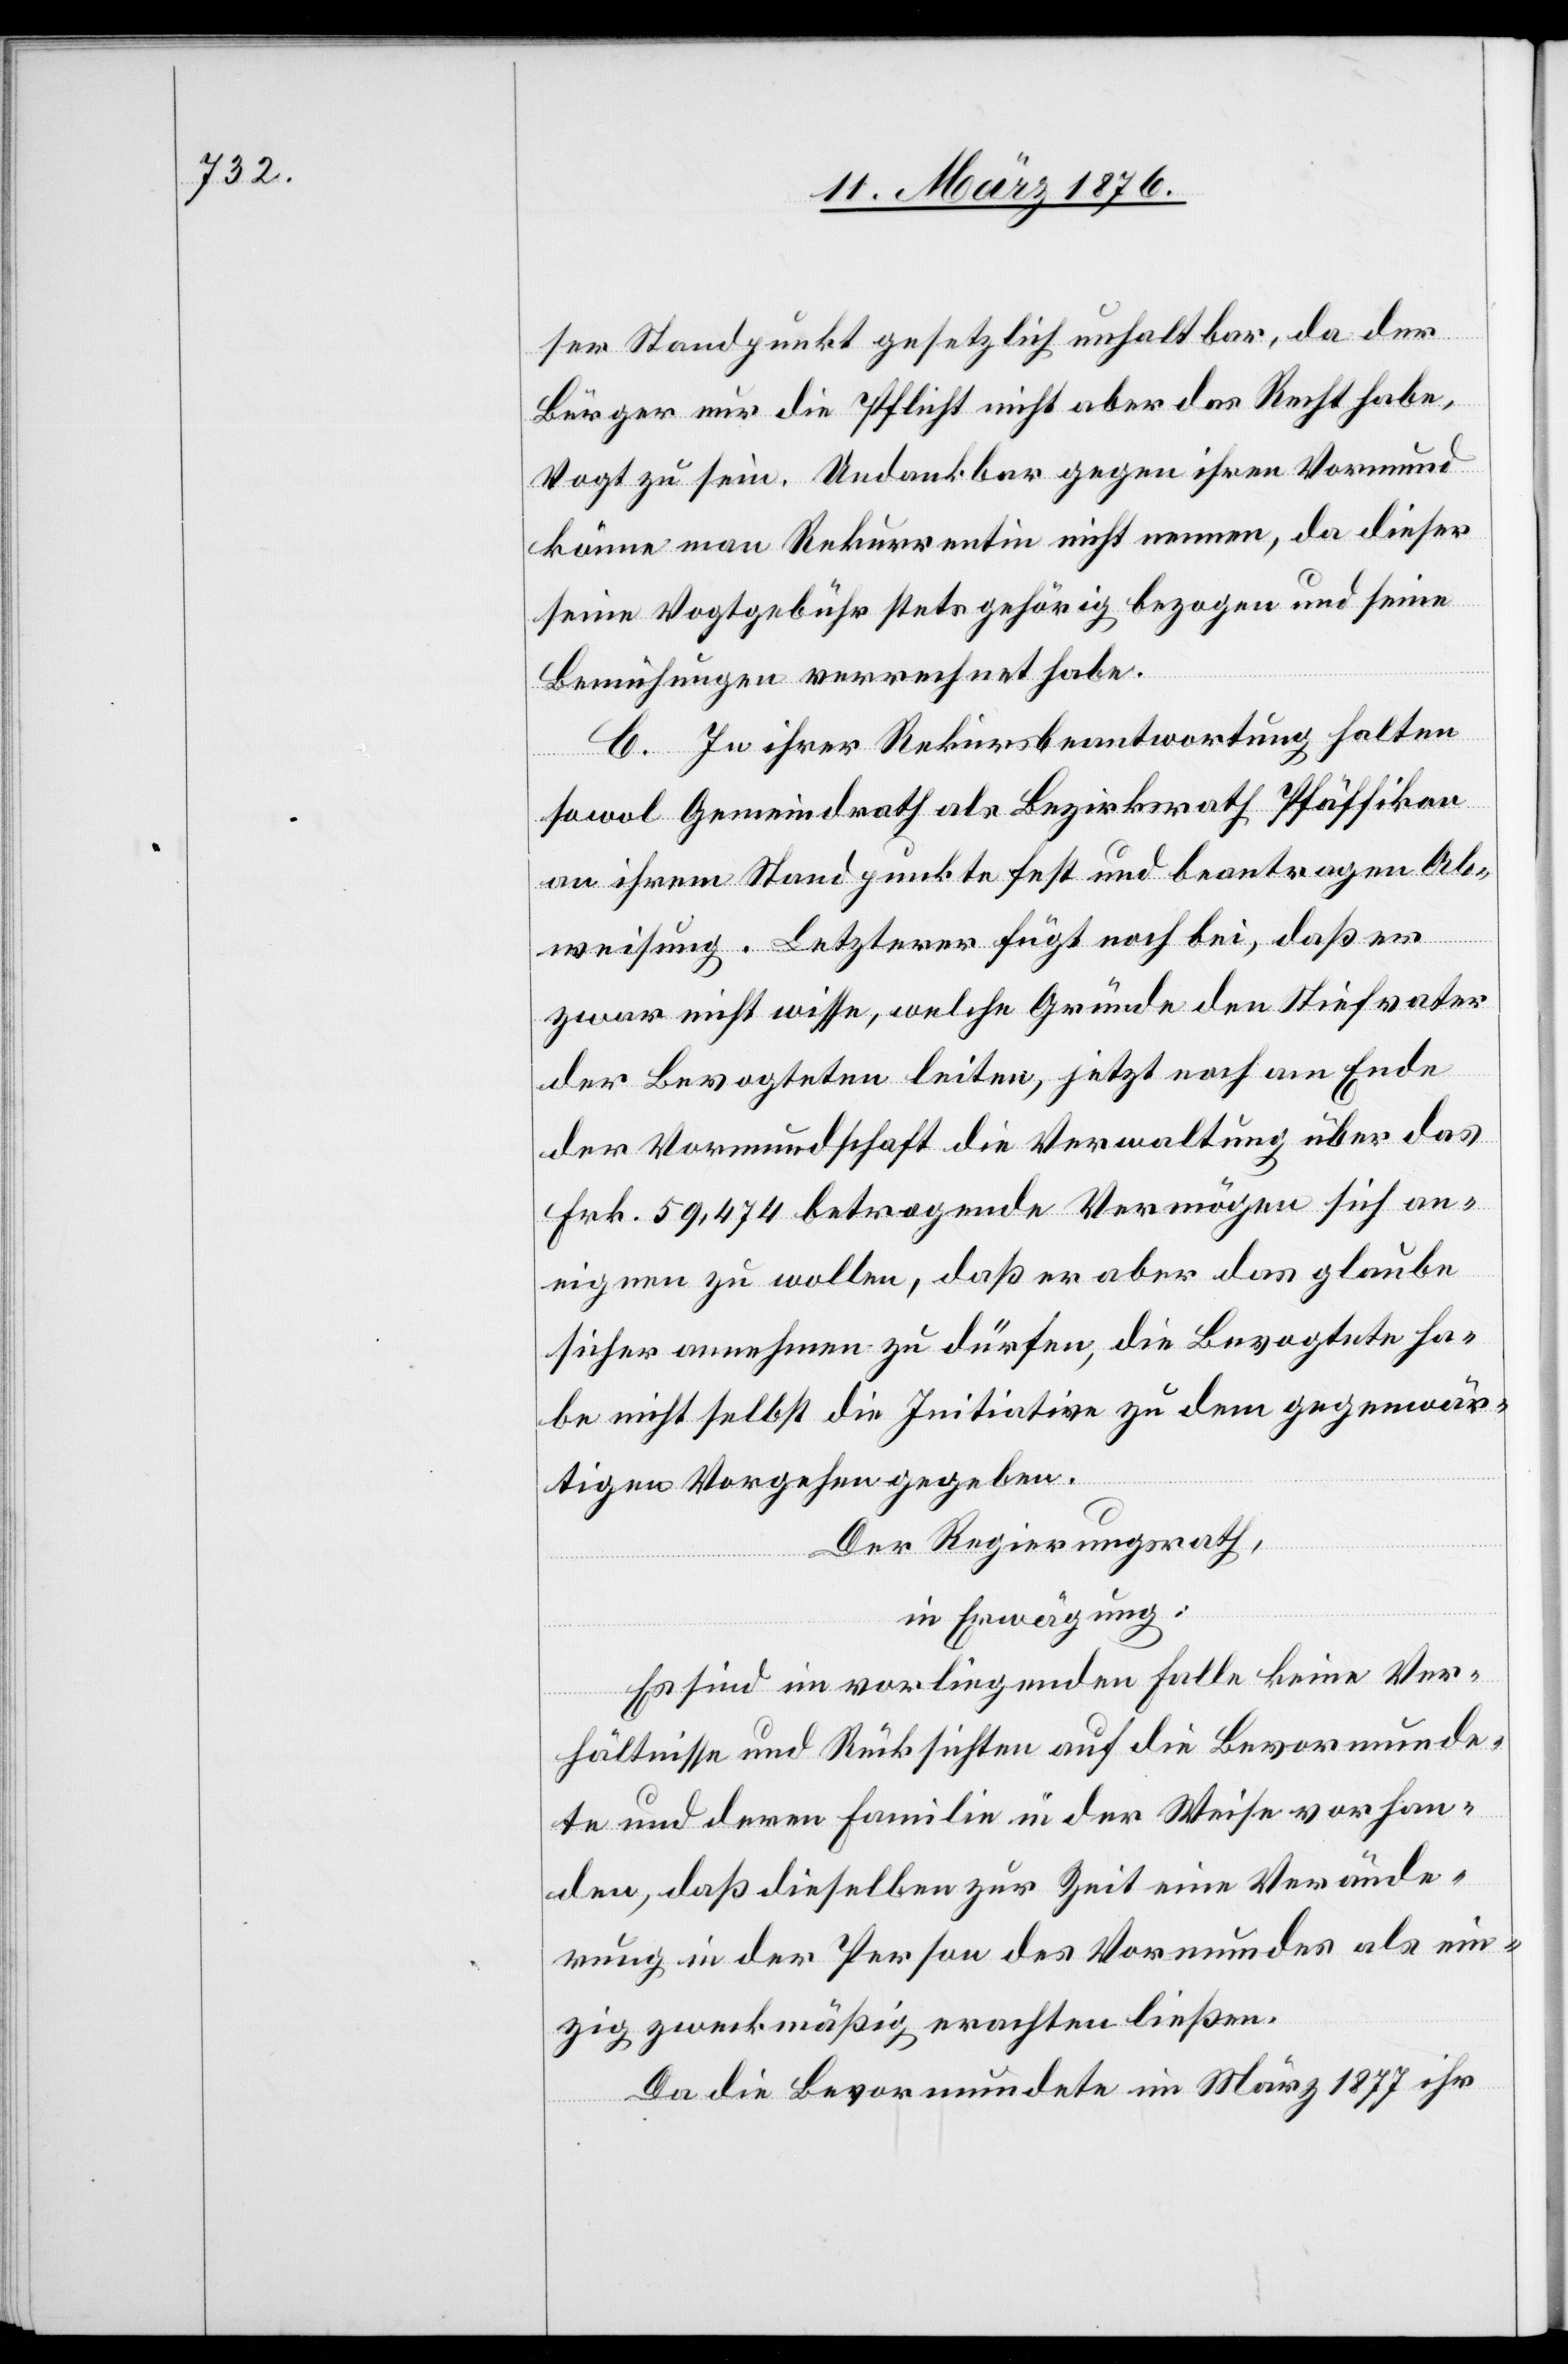
ser Standpunkt gesetzlich unhaltbar, da der
Bürger nur die Pflicht nicht aber das Recht habe,
Vogt zu sein. Undankbar gegen ihren Vormund
könne man Rekurrentin nicht nennen, da dieser
seine Vogtgebühr stets gehörig bezogen und seine
Bemühungen verrechnet habe.
C. In ihrer Rekursbeantwortung halten
sowol Gemeindrath als Bezirksrath Pfäffikon
an ihrem Standpunkte fest und beantragen Ab¬
weisung. Letzterer fügt noch bei, daß er
zwar nicht wisse, welche Gründe den Stiefvater
der Bevogteten leiten, jetzt noch am Ende
der Vormundschaft die Verwaltung über das
Frk. 59,474 betragende Vermögen sich an¬
eignen zu wollen, daß er aber das glaube
sicher annehmen zu dürfen, die Bevogtete ha¬
be nicht selbst die Initiative zu dem gegenwär¬
tigen Vorgehen gegeben.
Der Regierungsrath,
in Erwägung:
Es sind im vorliegenden Falle keine Ver¬
hältnisse und Rücksichten auf die Bevormunde¬
te und deren Familie in der Weise vorhan¬
den, daß dieselben zur Zeit eine Verände¬
rung in der Person des Vormundes als ein¬
zig zweckmäßig erachten ließen.
Da die Bevormundete im März 1877 ihr